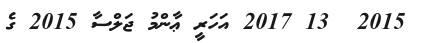
2015  13 2017 އަހަރީ ޢާންމު ޖަލްސާ 2015 ގެ